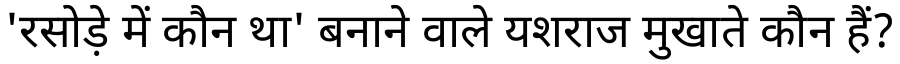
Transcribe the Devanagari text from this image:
'रसोड़े में कौन था' बनाने वाले यशराज मुखाते कौन हैं?